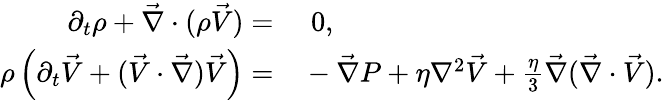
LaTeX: \begin{array}{rl}{\partial_{t}\rho+\vec{\nabla}\cdot(\rho\vec{V})=}&{{}\, \, 0,}\\ {\rho\left(\partial_{t}\vec{V}+(\vec{V}\cdot\vec{\nabla})\vec{V}\right)=}&{{}-\vec{\nabla}P+\eta\nabla^{2}\vec{V}+\frac{\eta}{3}\vec{\nabla}(\vec{\nabla}\cdot\vec{V}).}\end{array}